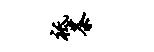
祗茶